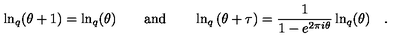
\ln _ { q } ( \theta + 1 ) = \ln _ { q } ( \theta ) \qquad \mathrm { a n d } \qquad \ln _ { q } \left( \theta + \tau \right) = \frac { 1 } { 1 - e ^ { 2 \pi i \theta } } \ln _ { q } ( \theta ) \quad .